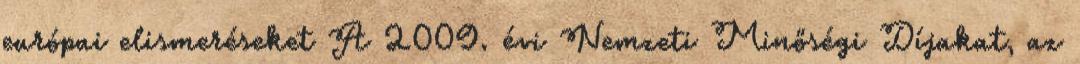
európai elismeréseket A 2009. évi Nemzeti Minőségi Díjakat, az